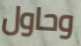
وحاول